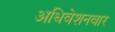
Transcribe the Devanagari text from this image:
अधिवेशनवार